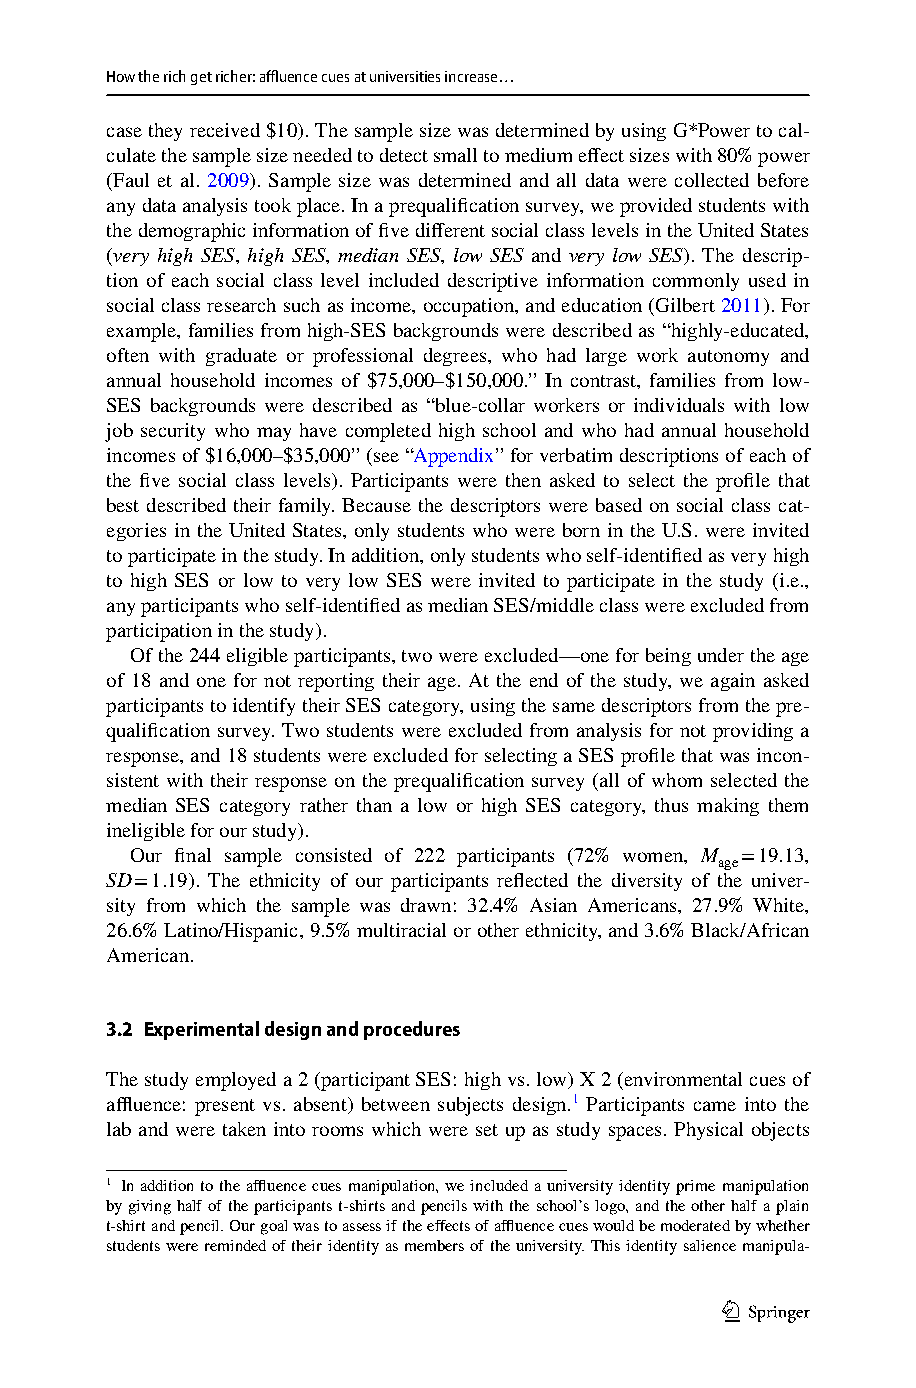
How the rich get richer: affluence cues at universities increase…
 case they received $10). The sample size was determined by using G*Power to cal-
 culate the sample size needed to detect small to medium effect sizes with 80% power
 (Faul et al. 2009). Sample size was determined and all data were collected before
 any data analysis took place. In a prequalification survey, we provided students with
 the demographic information of five different social class levels in the United States
 (very high SES, high SES, median SES, low SES and very low SES). The descrip-
 tion of each social class level included descriptive information commonly used in
 social class research such as income, occupation, and education (Gilbert 2011). For
 example, families from high-SES backgrounds were described as “highly-educated,
 often with graduate or professional degrees, who had large work autonomy and
 annual household incomes of $75,000–$150,000.” In contrast, families from low-
 SES backgrounds were described as “blue-collar workers or individuals with low
 job security who may have completed high school and who had annual household
 incomes of $16,000–$35,000” (see “Appendix” for verbatim descriptions of each of
 the five social class levels). Participants were then asked to select the profile that
 best described their family. Because the descriptors were based on social class cat-
 egories in the United States, only students who were born in the U.S. were invited
 to participate in the study. In addition, only students who self-identified as very high
 to high SES or low to very low SES were invited to participate in the study (i.e.,
 any participants who self-identified as median SES/middle class were excluded from
 participation in the study).
 Of the 244 eligible participants, two were excluded—one for being under the age
 of 18 and one for not reporting their age. At the end of the study, we again asked
 participants to identify their SES category, using the same descriptors from the pre-
 qualification survey. Two students were excluded from analysis for not providing a
 response, and 18 students were excluded for selecting a SES profile that was incon-
 sistent with their response on the prequalification survey (all of whom selected the
 median SES category rather than a low or high SES category, thus making them
 ineligible for our study).
 Our final sample consisted of 222 participants (72% women, M = 19.13,
 age
 SD = 1.19). The ethnicity of our participants reflected the diversity of the univer-
 sity from which the sample was drawn: 32.4% Asian Americans, 27.9% White,
 26.6% Latino/Hispanic, 9.5% multiracial or other ethnicity, and 3.6% Black/African
 American.
 3.2 Experimental design and procedures
 The study employed a 2 (participant SES: high vs. low) X 2 (environmental cues of
 affluence: present vs. absent) between subjects design.1 Participants came into the
 lab and were taken into rooms which were set up as study spaces. Physical objects
 1 In addition to the affluence cues manipulation, we included a university identity prime manipulation
 by giving half of the participants t-shirts and pencils with the school’s logo, and the other half a plain
 t-shirt and pencil. Our goal was to assess if the effects of affluence cues would be moderated by whether
 students were reminded of their identity as members of the university. This identity salience manipula-
 1 3